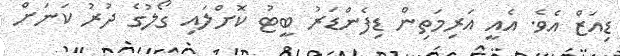
ޑިއަޒް އެވެ. އެއީ އަރިމަތިން ޑިފެންޑަރު ބީޓު ކޮށްލައި ގޯލުގެ ދުރު ކަނަށް